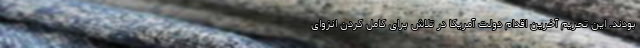
بودند. این تحریم آخرین اقدام دولت آمریکا در تلاش برای کامل کردن انزوای